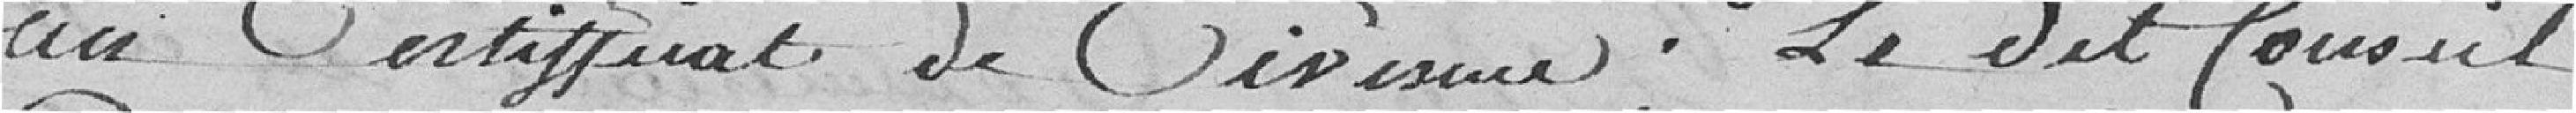
un certificat de civisme ; le dit Conseil